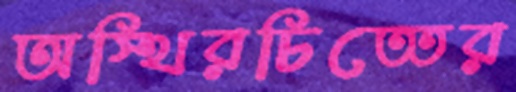
অস্থিরচিত্তের